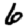
Digit: 6